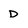
Character: D